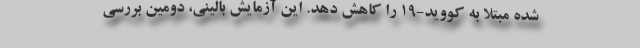
شده مبتلا به کووید-۱۹ را کاهش دهد. این آزمایش بالینی، دومین بررسی